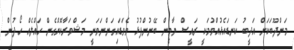
މަންދޫބަކަށް އަދީބު ކަނޑައެޅުއްވުމަކީ ރައީސް ޔާމީން ބޭނުންފުޅު ވެވަޑައިގަންނަވަނީ މަޝްވަރާކޮށްގެން ހައްލެއް ހޯދުން